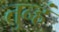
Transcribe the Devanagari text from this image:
तुन्हं